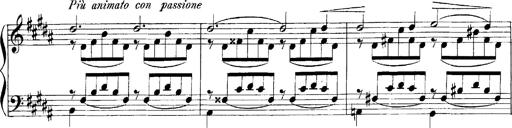
Title: LiebestrÃ¤ume
Composer: Franz Behr
Key: E-flat major